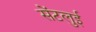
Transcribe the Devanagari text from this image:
सेंटलुई